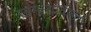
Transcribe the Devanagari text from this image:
सामन्यांवरून